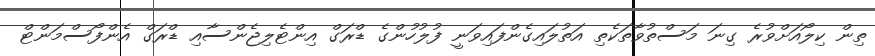
ތިން ކިލޯއަށްވުރެ ގިނަ މަސްތުވާތަކެތި އަތުލައިގެންފައިވަނީ ފުލުހުންގެ ޑްރަގް އިންޓެލިޖެންސާއި ޑްރަގް އެންފޯސްމަންޓް